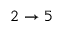
2 \to 5